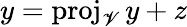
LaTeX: y=\operatorname{proj}_{\mathscr{V}}y+z